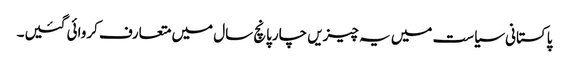
پاکستانی سیاست میں یہ چیزیں چارپانچ سال میں متعارف کروائی گئیں۔